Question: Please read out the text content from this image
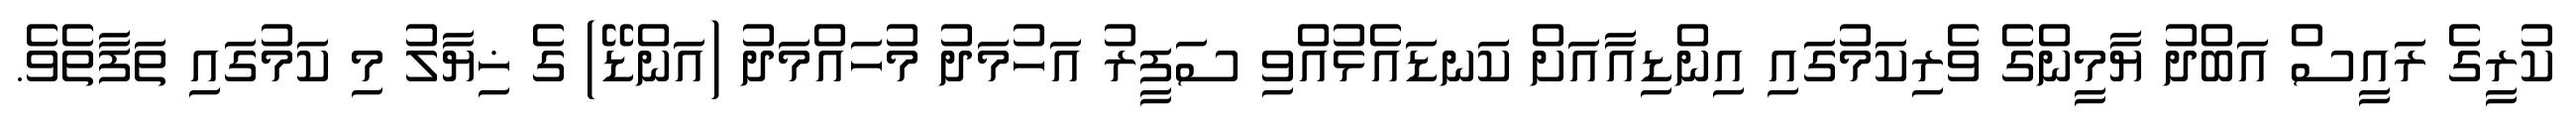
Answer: ކުރީގެ ރައީސް އަބްދު ޔާމީންގެ ވެރިކަމުގައި އިންޑިއާއަށް ކަނޑައެޅުއްވި ސަފީރު އަހުމަދު މުހައްމަދު (އަންޑޭ) ގެ ޚިޔާލު މި ކަމުގައި ތަފާތެވެ.